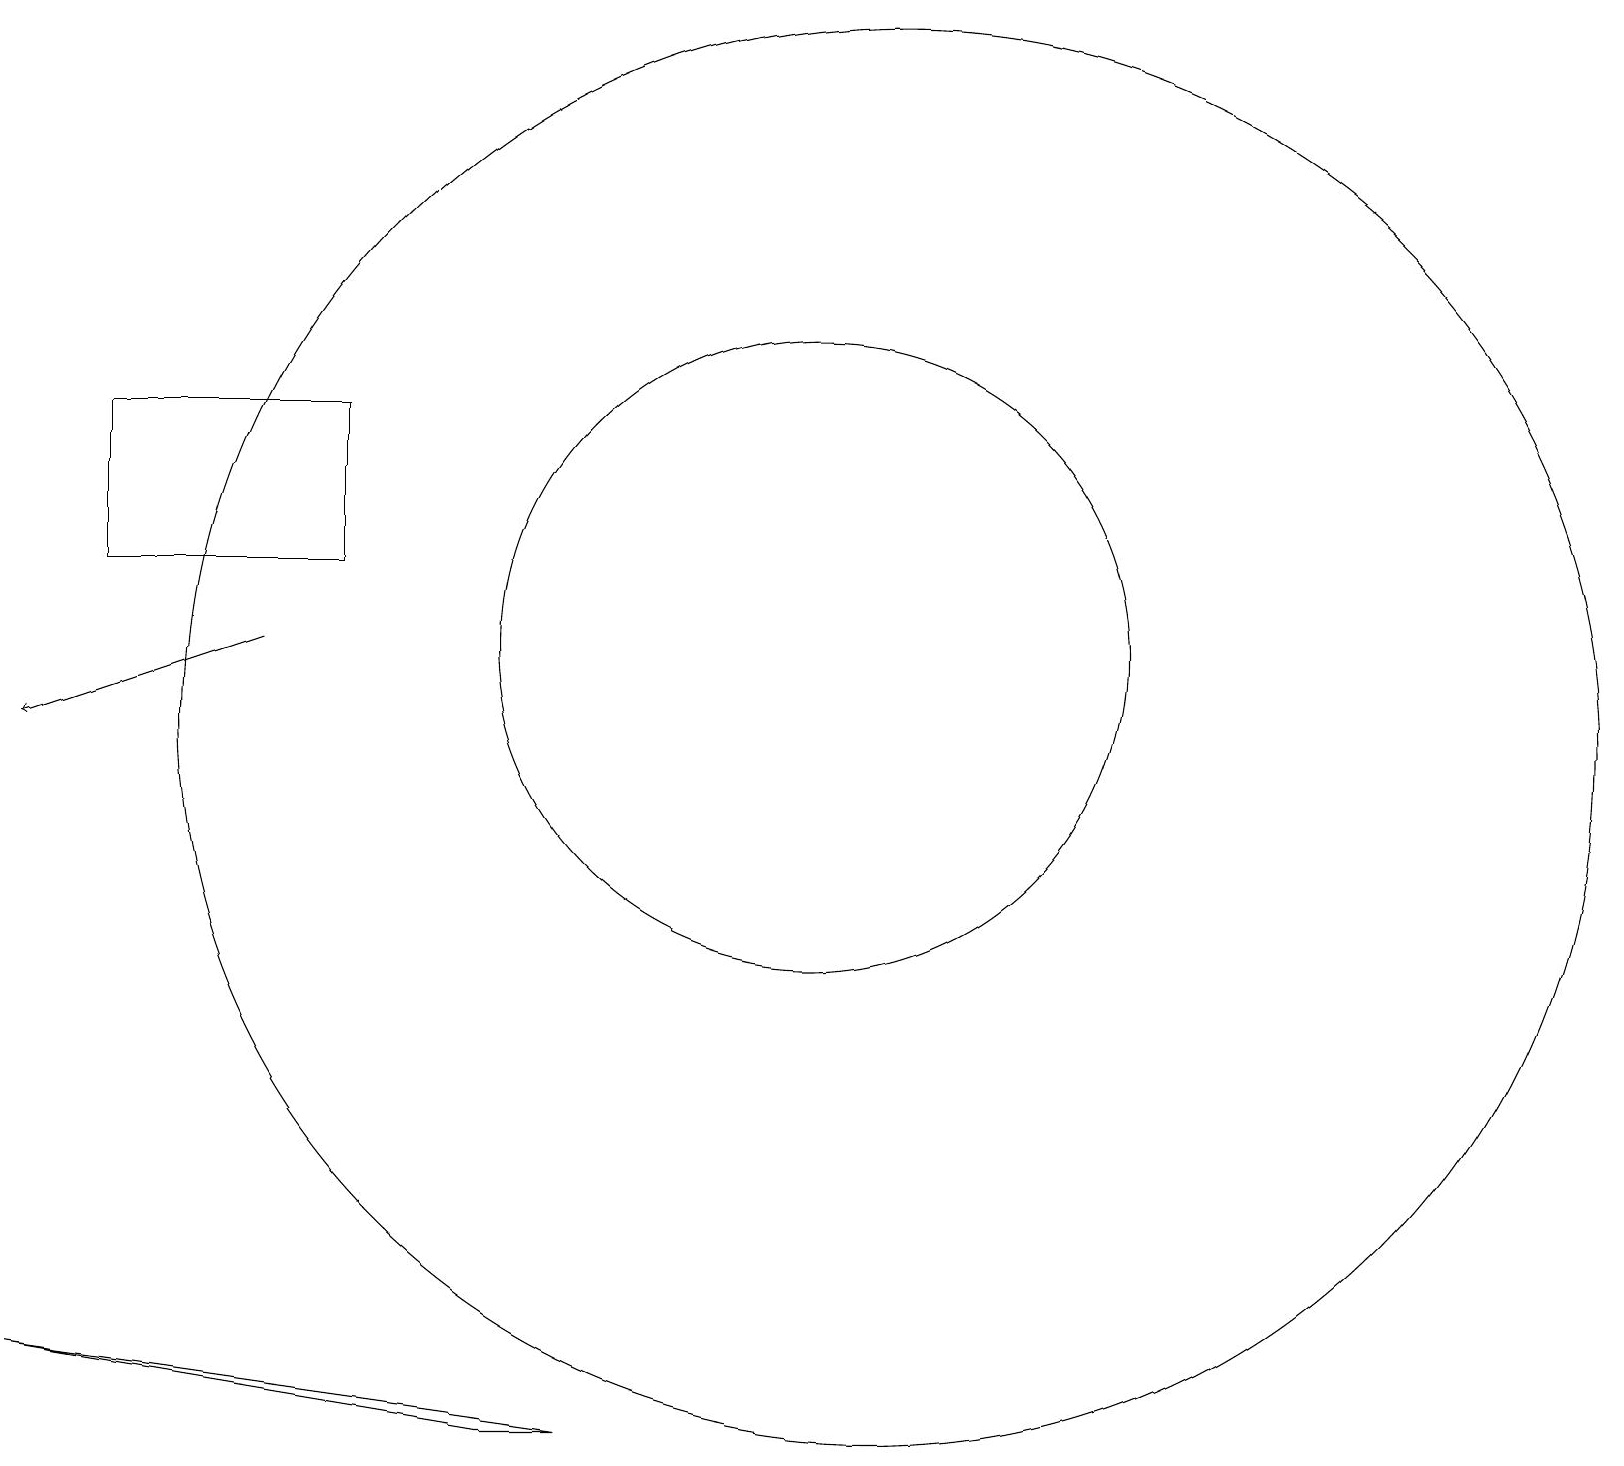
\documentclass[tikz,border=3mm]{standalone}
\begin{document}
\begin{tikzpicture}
\draw (0,2) -- (6,1) -- (7,1) -- cycle;
\draw (11,10) circle (9);
\draw (10,11) circle (4);
\draw[->] (3,11) -- (0,10);
\draw (4,14) rectangle (1,12);
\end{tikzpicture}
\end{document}